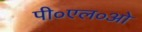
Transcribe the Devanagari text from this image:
पी०एल०ओ